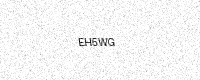
Text: EH5WG